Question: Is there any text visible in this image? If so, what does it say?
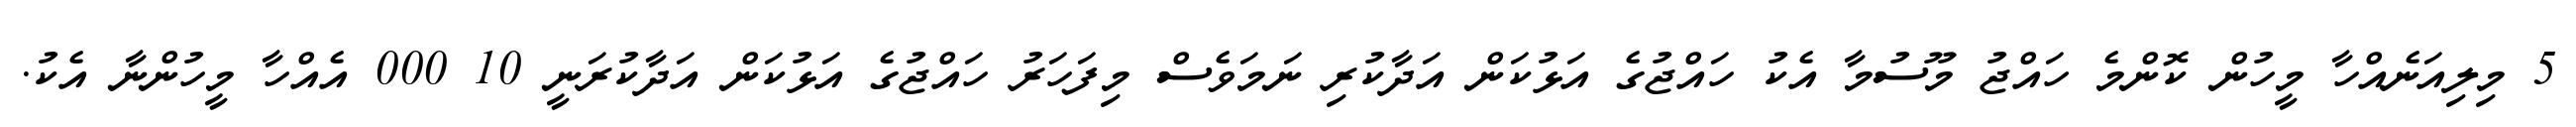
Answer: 5 މިލިއަނެއްހާ މީހުން ކޮންމެ ހައްޖު މޫސުމާ އެކު ހައްޖުގެ އަޅުކަން އަދާކުރި ނަމަވެސް މިފަހަރު ހައްޖުގެ އަޅުކަން އަދާކުރަނީ 10 000 އެއްހާ މީހުންނާ އެކު.